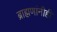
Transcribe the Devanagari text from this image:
ब्राह्मणांनीही